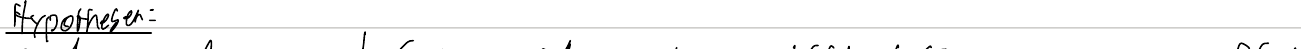
Hypothesen: